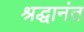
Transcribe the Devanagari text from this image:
श्रद्धानंत